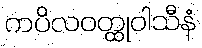
ကပိလဝတ္ထုဝါသီနံ